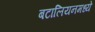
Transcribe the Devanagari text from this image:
बटालियनमध्ये